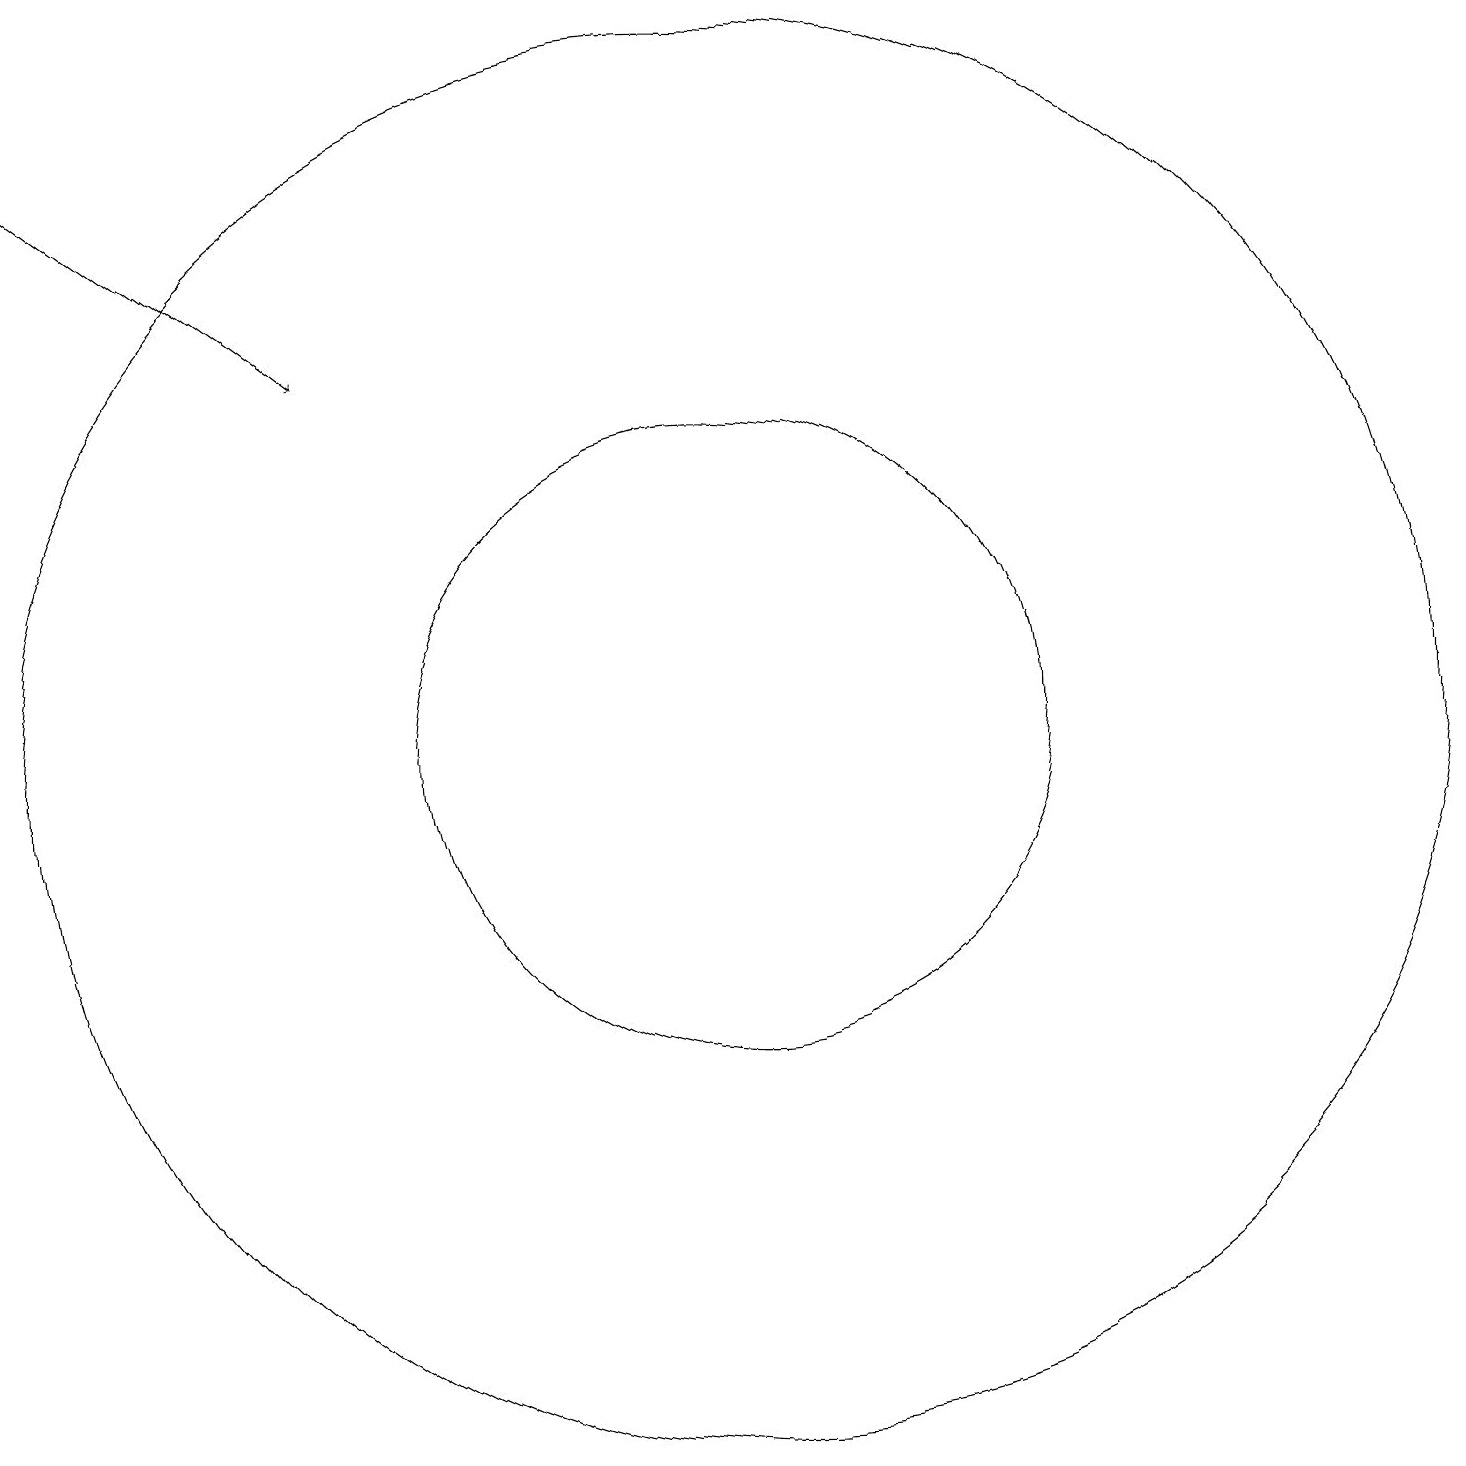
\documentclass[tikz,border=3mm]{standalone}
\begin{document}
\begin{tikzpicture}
\draw (11,10) circle (9);
\draw (11,10) circle (4);
\draw[->] (2,18) -- (6,15);
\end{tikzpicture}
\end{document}